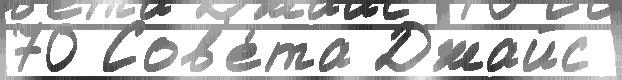
70 Сов'е́та Джайс